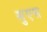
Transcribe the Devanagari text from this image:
सुएस